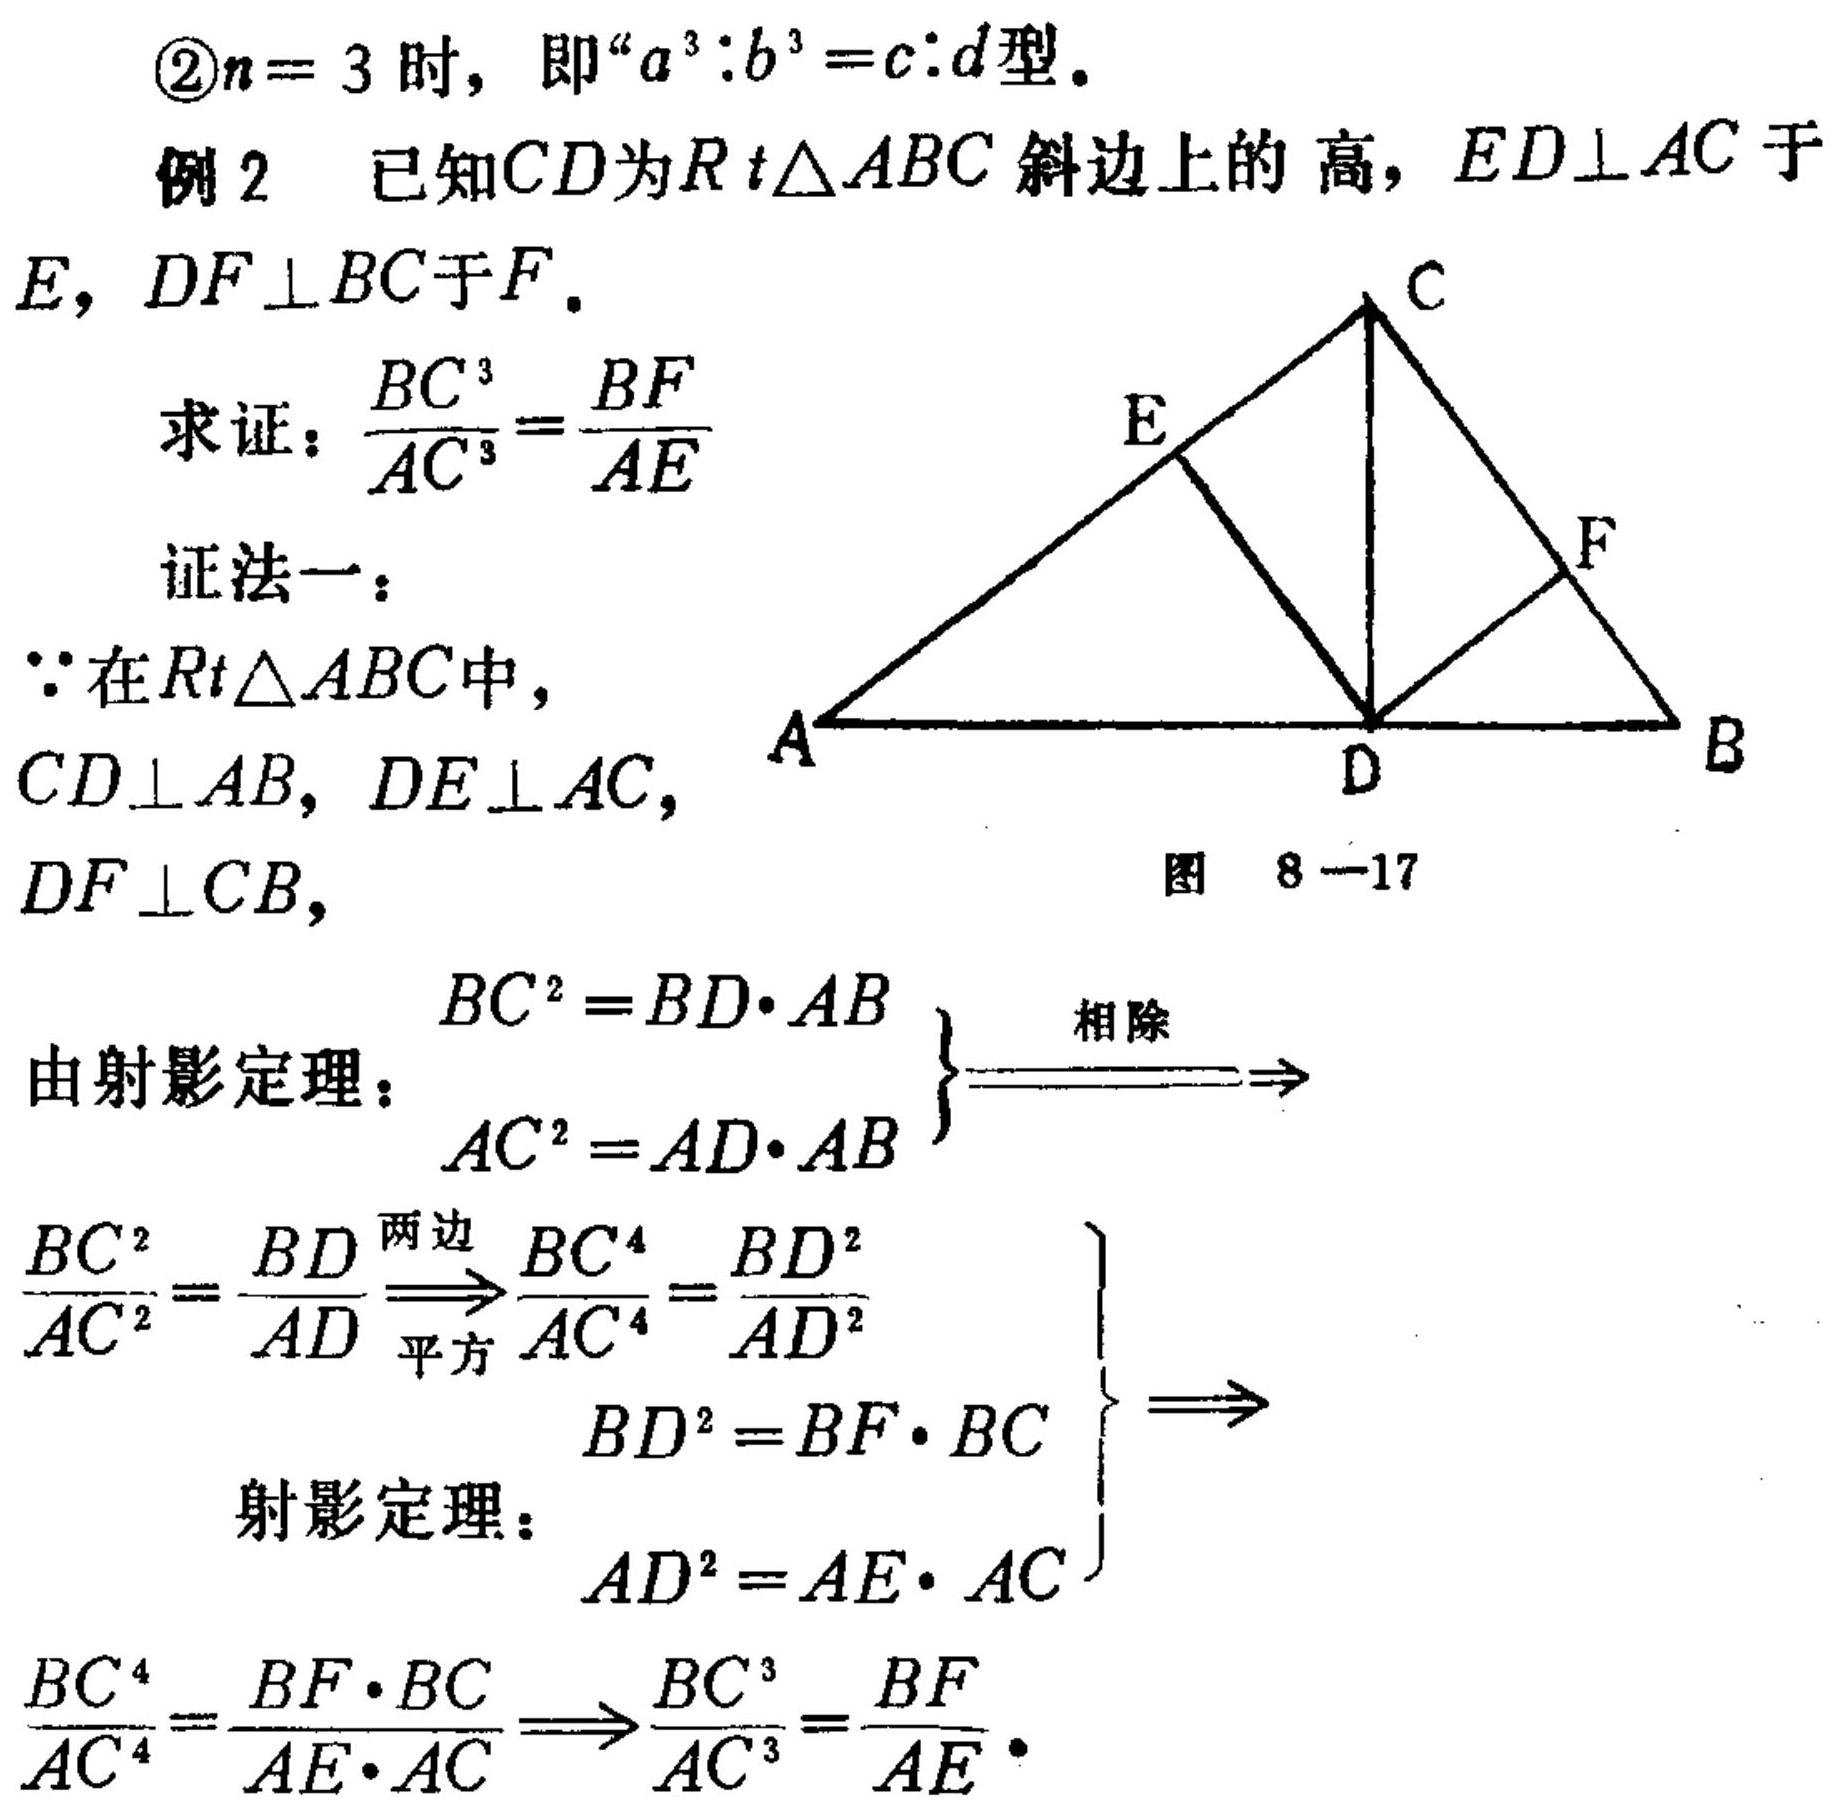
\textcircled{2}\(n = 3\) 时，即“\(a^{3}:b^{3}=c:d\)型。
例2 已知\(CD\)为\(Rt\triangle ABC\)斜边上的高，\(ED\perp AC\)于\(E\)，\(DF\perp BC\)于\(F\)。
求证：\(\frac{BC^{3}}{AC^{3}}=\frac{BF}{AE}\)
证法一：
\(\because\)在\(Rt\triangle ABC\)中，\(CD\perp AB\)，\(DE\perp AC\)，\(DF\perp CB\)，
由射影定理：\(\left.\begin{align}BC^{2}=BD\cdot AB\\AC^{2}=AD\cdot AB\end{align}\right\}\xrightarrow{相除}\)
\(\frac{BC^{2}}{AC^{2}}=\frac{BD}{AD}\xrightarrow{两边平方}\frac{BC^{4}}{AC^{4}}=\frac{BD^{2}}{AD^{2}}\)
射影定理：\(\left.\begin{align}BD^{2}=BF\cdot BC\\AD^{2}=AE\cdot AC\end{align}\right\}\Rightarrow\)
\(\frac{BC^{4}}{AC^{4}}=\frac{BF\cdot BC}{AE\cdot AC}\Rightarrow\frac{BC^{3}}{AC^{3}}=\frac{BF}{AE}\)